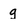
Character: g